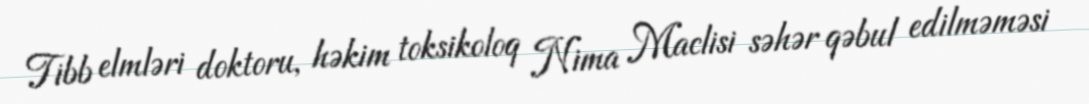
Tibb elmləri doktoru, həkim toksikoloq Nima Maclisi səhər qəbul edilməməsi